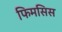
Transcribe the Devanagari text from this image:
फिमसिस